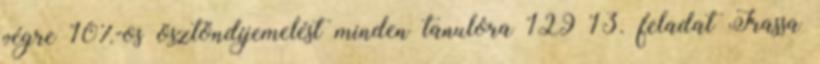
végre 10%-os ösztöndíjemelést minden tanulóra 129 13. feladat Írassa